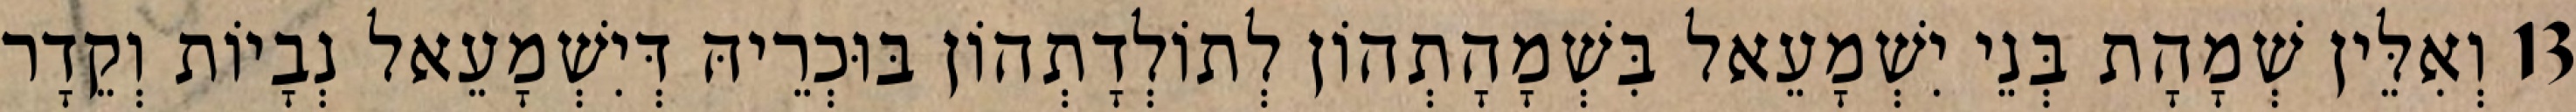
13 וְאִלֵּין שְׁמָהָת בְּנֵי יִשְׁמָעֵאל בִּשְׁמָהָתְהוֹן לְתוֹלְדָתְהוֹן בּוּכְרֵיהּ דְּיִשְׁמָעֵאל נְבָיוֹת וְקֵדָר